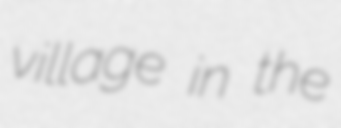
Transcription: village in the